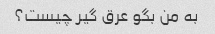
به من بگو عرق گیر چیست؟